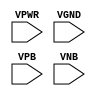
module sky130_fd_sc_hdll__tapvpwrvgnd (
    VPWR,
    VGND,
    VPB ,
    VNB
);

    input VPWR;
    input VGND;
    input VPB ;
    input VNB ;
endmodule